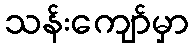
သန်းကျော်မှာ